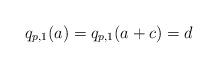
LaTeX: \begin{align*}q_{p,1}(a) = q_{p,1}(a+c) = d\end{align*}